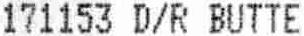
171153 D/R BUTTE